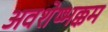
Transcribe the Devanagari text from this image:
अवशेष्भक्कम